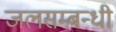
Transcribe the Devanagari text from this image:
जलसम्बन्धी